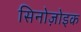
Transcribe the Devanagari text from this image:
सिनोज़ोइक